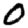
Digit: 0